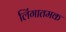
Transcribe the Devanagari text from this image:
लिंगातमक